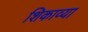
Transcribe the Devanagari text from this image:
शिकाव्या